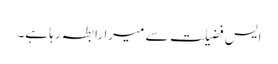
ایس فضیلت سے میرا رابطہ رہا ہے۔